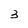
Character: 3